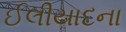
ઈલીયાદના